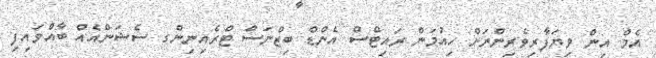
އެމް އިން ވިޔަފާރިވެރިންނަށް ހިއުމަން ރައިޓްސް އެންޑް ބިޒްނަސް ޓްރެއިނިންގ ސެޝަންއެއް ބާއްވައިފި